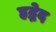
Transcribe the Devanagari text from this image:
हृद्भेद